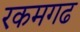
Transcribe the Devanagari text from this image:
रकमगढ